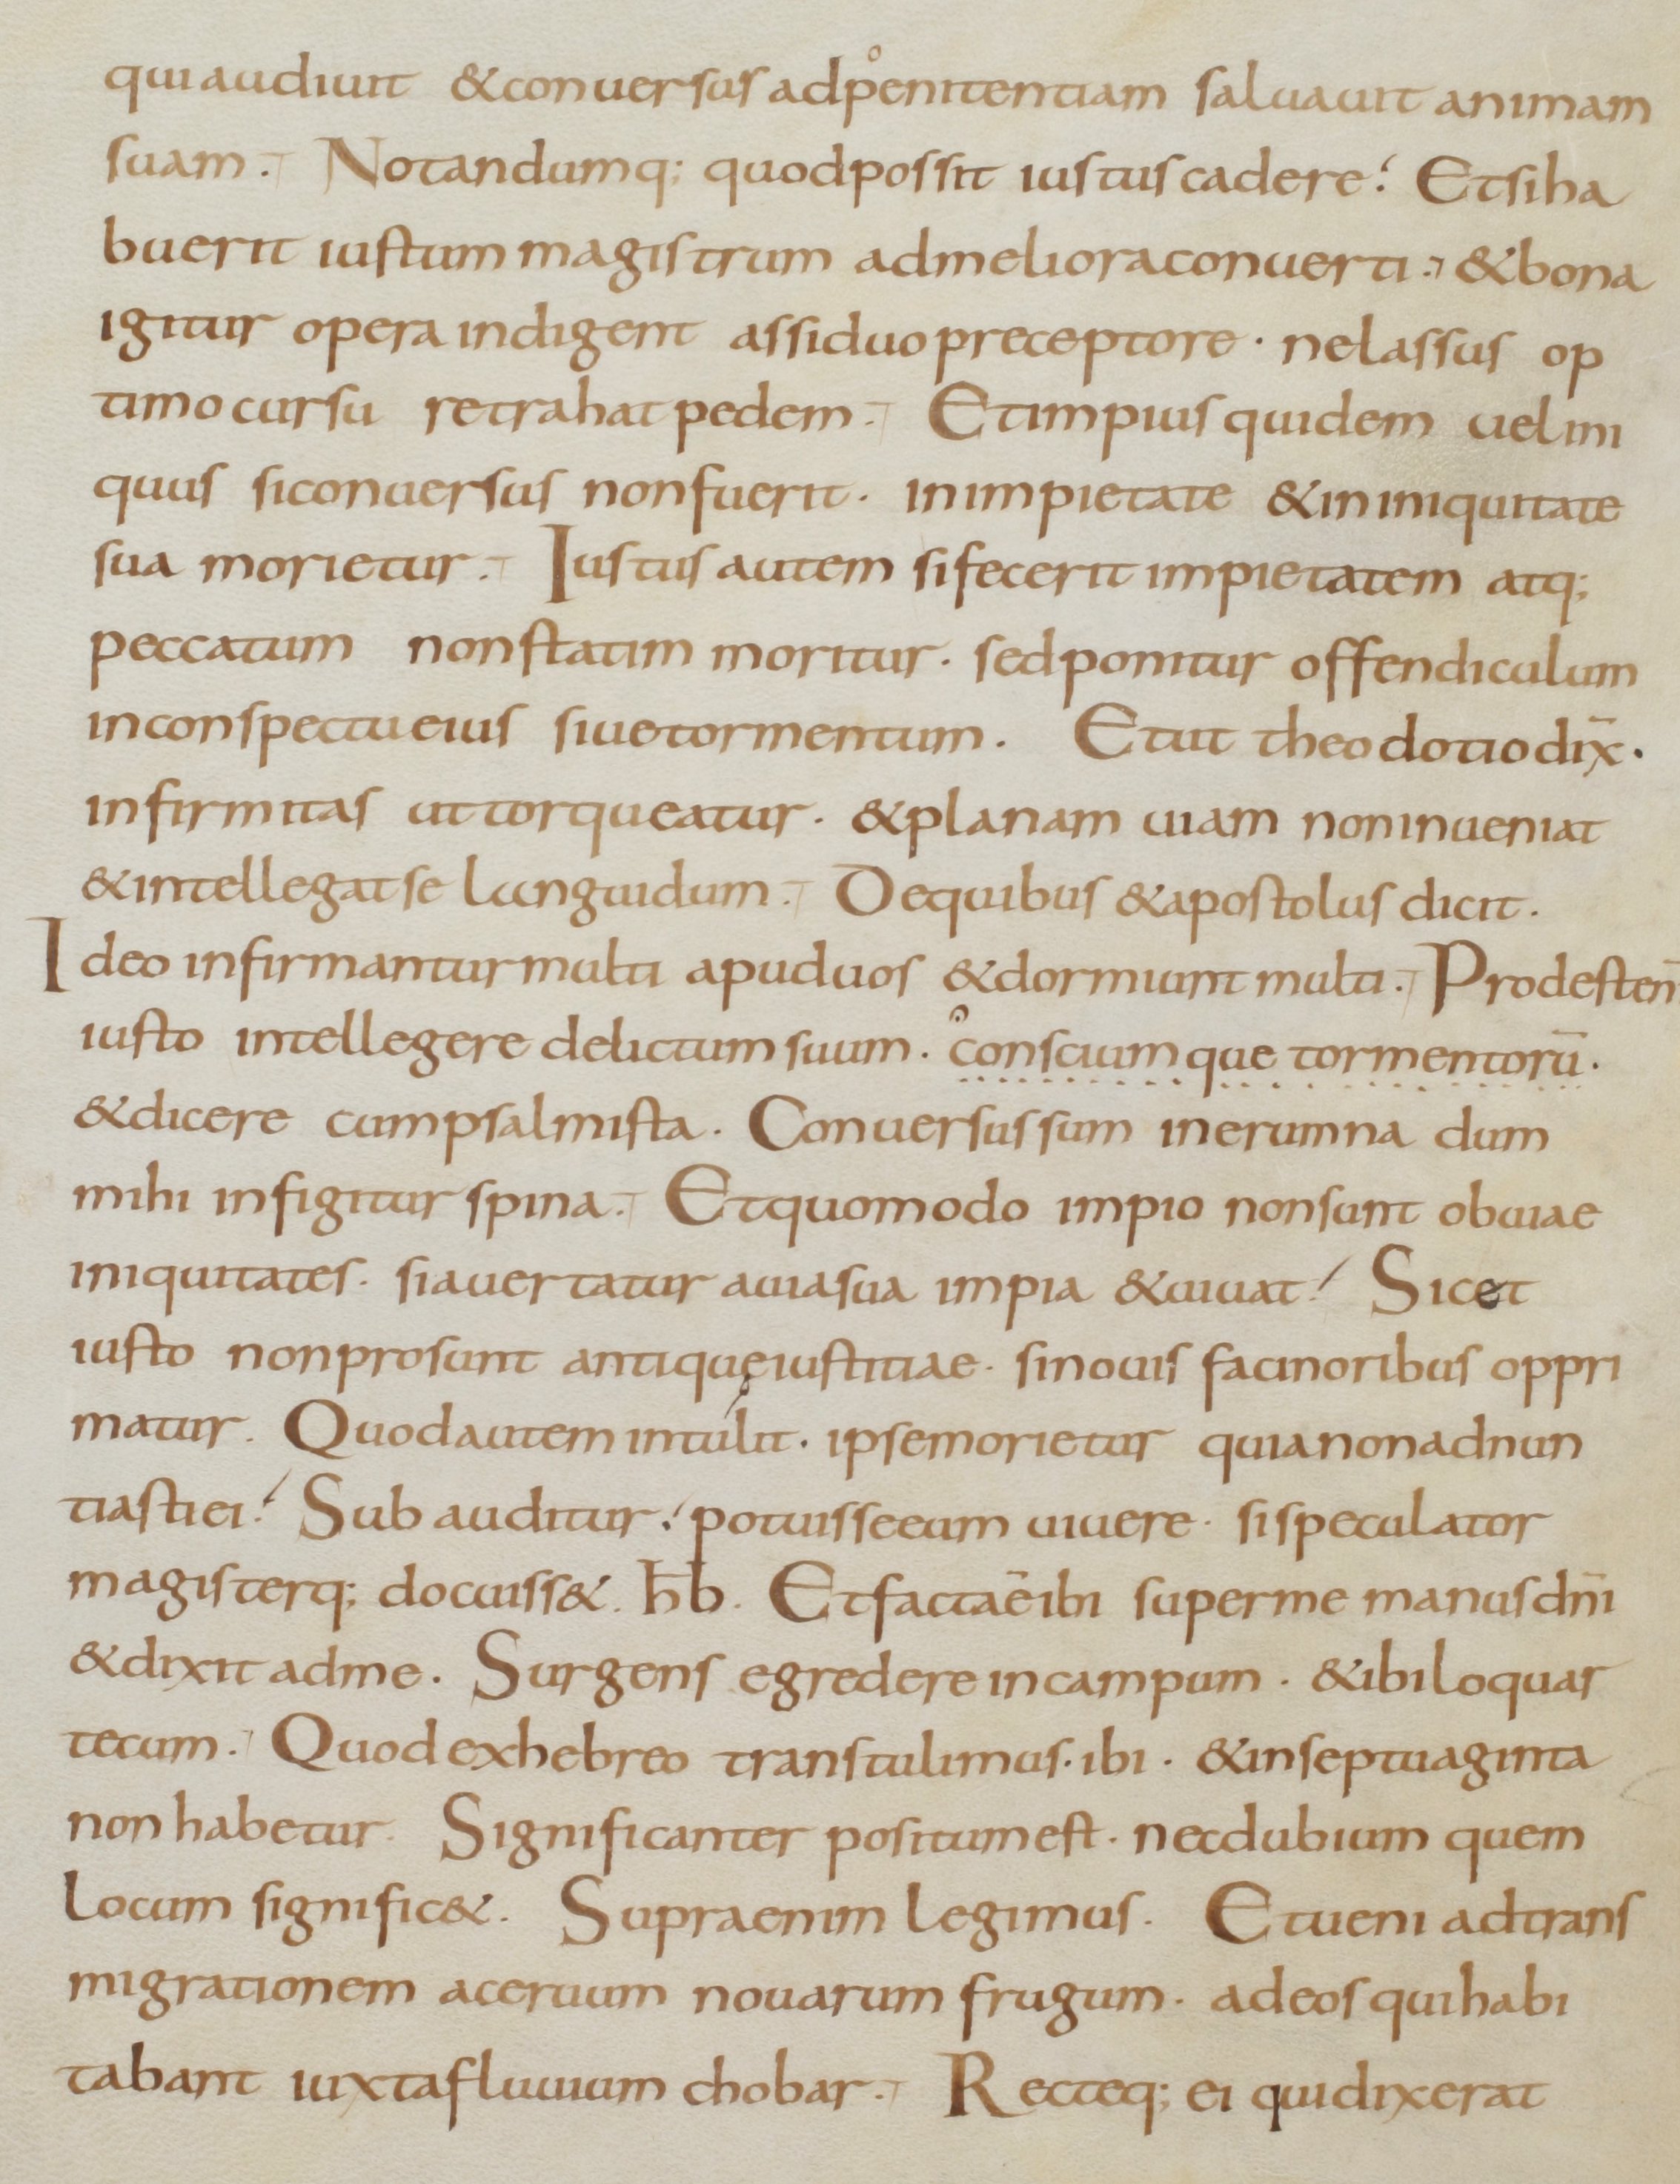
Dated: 800–899